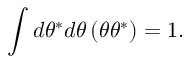
\int d \theta ^ { * } d \theta \, ( \theta \theta ^ { * } ) = 1 .